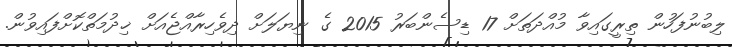
ލިބުނުފަހުން ތިރީގައިވާ މުއްދަތަށް 17 ޑިސެންބަރު 2015 ގެ ނިޔަލަށް ދިވެހިރާއްޖެއަށް ޚިދުމަތްކޮށްފައިވުން.